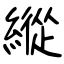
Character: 縱